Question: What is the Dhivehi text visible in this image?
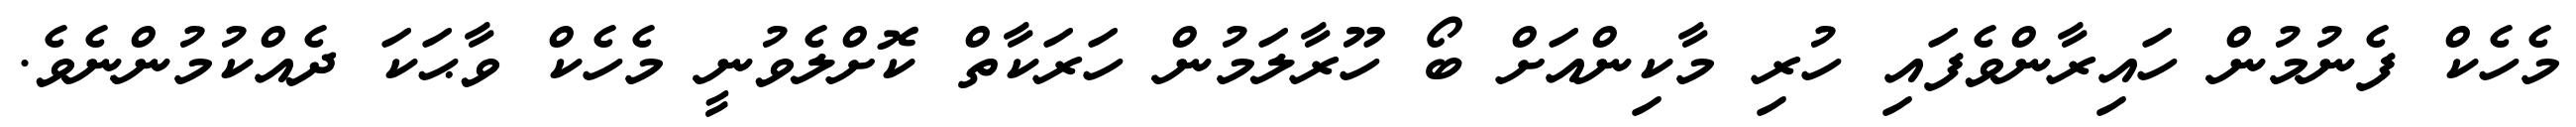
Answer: މެހެކް ފެނުމުން ހައިރާންވެފައި ހުރި މާކިންއަށް ބޯ ހޫރާލަމުން ހަރަކާތް ކޮށްލެވުނީ މެހެކް ވާޙަކަ ދެއްކުމުންނެވެ.